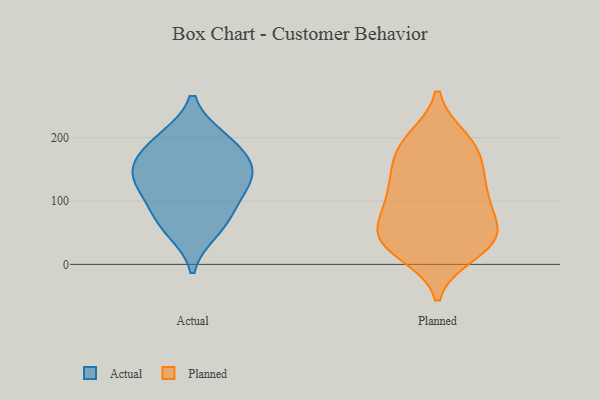
{"axis": {"x": "Budget (USD K)", "y": "Value"}, "legend": ["Actual", "Planned"], "data": [{"x": "", "y": 53, "type": "Actual"}, {"x": "", "y": 166, "type": "Actual"}, {"x": "", "y": 199, "type": "Actual"}, {"x": "", "y": 94, "type": "Actual"}, {"x": "", "y": 68, "type": "Actual"}, {"x": "", "y": 197, "type": "Actual"}, {"x": "", "y": 141, "type": "Actual"}, {"x": "", "y": 153, "type": "Actual"}, {"x": "", "y": 116, "type": "Actual"}, {"x": "", "y": 139, "type": "Actual"}, {"x": "", "y": 78, "type": "Planned"}, {"x": "", "y": 169, "type": "Planned"}, {"x": "", "y": 55, "type": "Planned"}, {"x": "", "y": 182, "type": "Planned"}, {"x": "", "y": 38, "type": "Planned"}, {"x": "", "y": 38, "type": "Planned"}, {"x": "", "y": 154, "type": "Planned"}, {"x": "", "y": 196, "type": "Planned"}, {"x": "", "y": 29, "type": "Planned"}, {"x": "", "y": 114, "type": "Planned"}, {"x": "", "y": 38, "type": "Planned"}, {"x": "", "y": 111, "type": "Planned"}, {"x": "", "y": 102, "type": "Planned"}, {"x": "", "y": 198, "type": "Planned"}, {"x": "", "y": 18, "type": "Planned"}, {"x": "", "y": 130, "type": "Planned"}, {"x": "", "y": 56, "type": "Planned"}]}